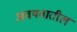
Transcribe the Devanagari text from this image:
अवयवातील